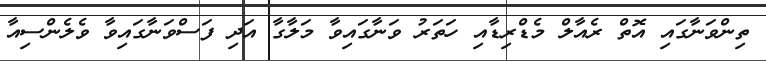
ތިންވަނާގައި އޮތް ރެއާލް މެޑްރިޑާއި ހަތަރު ވަނާގައިވާ މަލާގާ އަދި ފަސްވަނާގައިވާ ވެލެންސިއާ